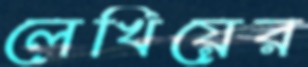
লেখিয়ের